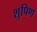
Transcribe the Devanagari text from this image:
शुपिण